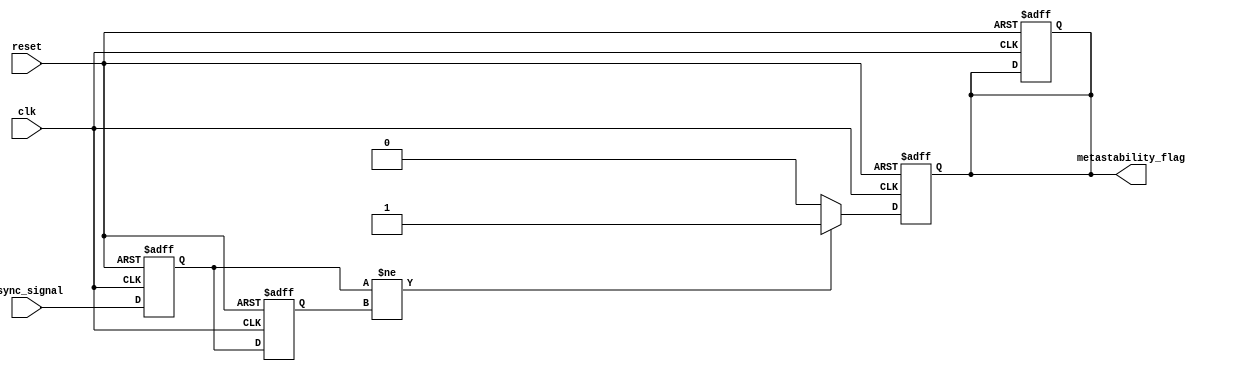
module metastability_detector (
    input wire clk,              // Clock signal
    input wire async_signal,     // Asynchronous input signal to monitor
    input wire reset,            // Reset signal to clear output flags
    output reg metastability_flag // Output flag indicating metastability detection
);

    // Internal signals for latches
    reg latch1, latch2;
    reg latch1_stable, latch2_stable;

    // Sampling mechanism: Latch the input signal
    always @(posedge clk or posedge reset) begin
        if (reset) begin
            latch1 <= 1'b0;
            latch2 <= 1'b0;
            metastability_flag <= 1'b0;
        end else begin
            latch1 <= async_signal; // Sample async_signal on the rising edge of clk
            latch2 <= latch1;       // Sample latch1 output on the next rising edge
        end
    end

    // Metastability detection logic
    always @(posedge clk or posedge reset) begin
        if (reset) begin
            metastability_flag <= 1'b0;
        end else begin
            // Check if the outputs of the two latches are different
            if (latch1 != latch2) begin
                metastability_flag <= 1'b1; // Set flag if metastability is detected
            end else begin
                metastability_flag <= 1'b0; // Clear flag if stable
            end
        end
    end

endmodule